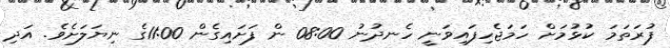
ފުރަތަމަ ކުޅުމަށް ހަމަޖެހިފައިވަނީ ހެނދުނު 08:00 ން ފަށައިގެން 11:00ގެ ނިޔަލަށެވެ. އަދި